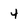
Character: 4